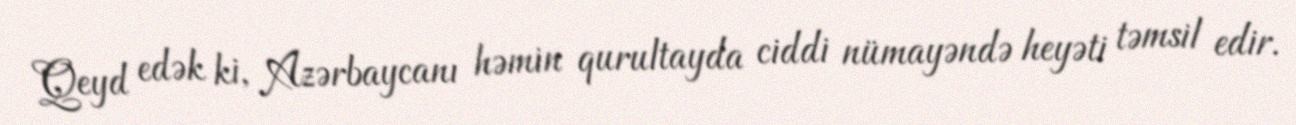
Qeyd edək ki, Azərbaycanı həmin qurultayda ciddi nümayəndə heyəti təmsil edir.